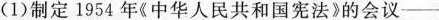
(1)制定1954年《中华人民共和国宪法》的会议-